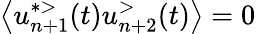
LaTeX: \left\langle u_{n+1}^{*>}(t)u_{n+2}^{>}(t)\right\rangle=0